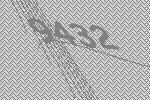
9432